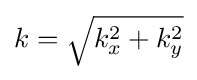
\textstyle k={\sqrt {k_{x}^{2}+k_{y}^{2}}}